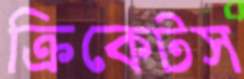
ক্রিকেটস